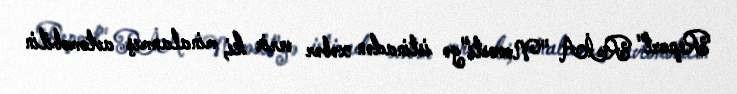
Report" RİA "Novosti"yə istinadən xəbər verir ki, minalanmış avtomobilin